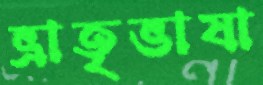
ভ্রাতৃভাষা